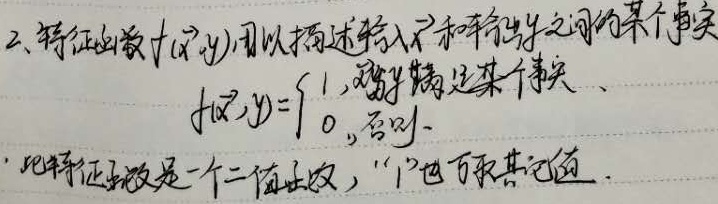
2. 特征函数 $f(x,y)$，用以描述输入 $x$ 和输出 $y$ 之间的某个事实。
\[f(x,y)=\begin{cases}1, & \text{当 } x,y \text{ 满足某个事实}\\0, & \text{否则}\end{cases}\]
此特征函数是一个二值函数，“$1$”也可取其它值。